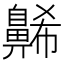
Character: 𪖥